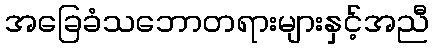
အခြေခံသဘောတရားများနှင့်အညီ